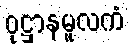
ဝုဋ္ဌာနမူလကံ